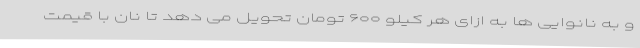
و به نانوایی ها به ازای هر کیلو ۶۰۰ تومان تحویل می دهد تا نان با قیمت